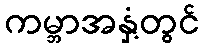
ကမ္ဘာအနှံ့တွင်